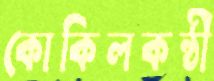
কোকিলকন্ঠী